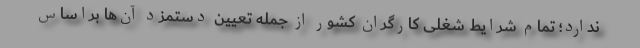
ندارد؛ تمامِ شرایط شغلی کارگران کشور از جمله تعیین دستمزد آن‌ها براساس